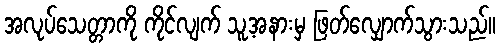
အလုပ်သေတ္တာကို ကိုင်လျက် သူ့အနားမှ ဖြတ်လျှောက်သွားသည်။